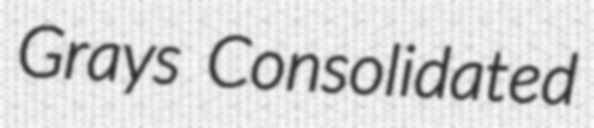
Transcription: Grays Consolidated